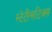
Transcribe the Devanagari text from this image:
स्टेटीसटिक्स